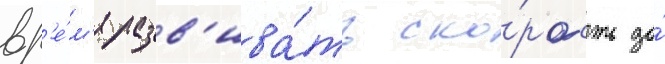
вр'е́м'я разв'ива́ть ско́рость до́